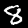
Label: 8